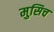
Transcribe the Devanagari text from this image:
मुसिच